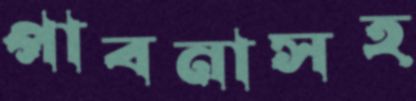
পাবনাসহ